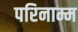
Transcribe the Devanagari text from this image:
परिनाम्म